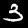
Digit: 3